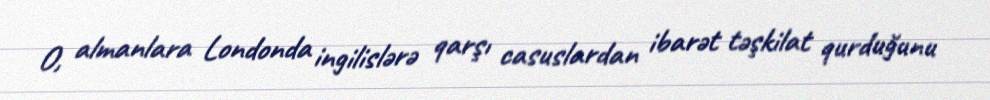
O, almanlara Londonda ingilislərə qarşı casuslardan ibarət təşkilat qurduğunu